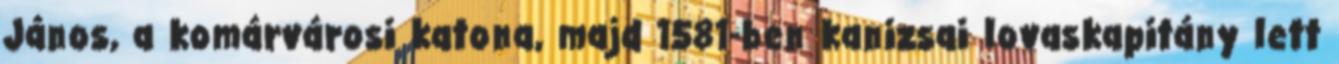
János, a komárvárosi katona, majd 1581-ben kanizsai lovaskapitány lett